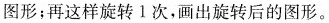
图形；再这样旋转1次，画出旋转后的图形。